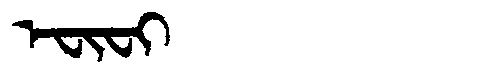
Manchu: ᡝᠸᡳᠸᡳ
Romanization: EFIFI